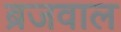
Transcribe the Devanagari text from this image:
ब्रजवाल